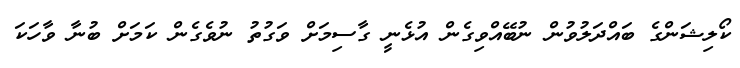
ކޯލިޝަންގެ ބައްދަލުވުން ނުބޭއްވިގެން އުޅެނީ ގާސިމަށް ވަގުތު ނުވެގެން ކަމަށް ބުނާ ވާހަކަ